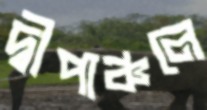
দ্বীপাঞ্চলে